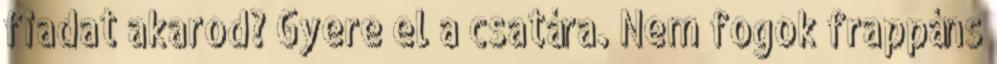
fiadat akarod? Gyere el a csatára. Nem fogok frappáns